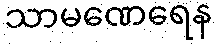
သာမဏေရေန